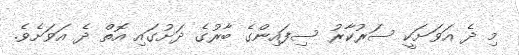
މި ދެ އަވަށަކީ ސަރުކާރު ސިފައިންގެ ބާރުގެ ދަށުގައި އޮތް ދެ އަވަށެވެ.